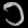
Digit: ၁